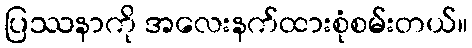
ပြဿနာကို အလေးနက်ထားစုံစမ်းတယ်။